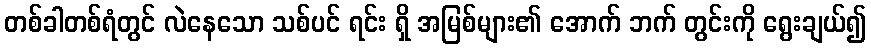
တစ်ခါတစ်ရံတွင် လဲနေသော သစ်ပင် ရင်း ရှိ အမြစ်များ၏ အောက် ဘက် တွင်းကို ရွေးချယ်၍